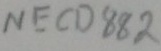
Text: NECD882